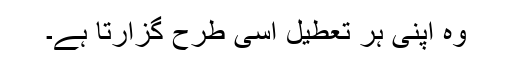
وہ اپنی ہر تعطیل اسی طرح گزارتا ہے۔